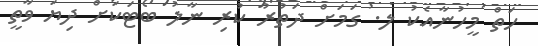
ހަތް މީހުނާއެކު ލ. ގަމަށް ދަތުރު ކުރި ނާލު ބޯޓަކަށް ދިޔަ ވާތީ